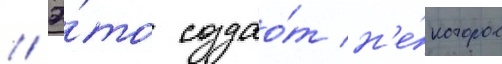
// Э́то создао́т н'е́которое